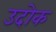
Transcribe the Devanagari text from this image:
उदोक